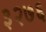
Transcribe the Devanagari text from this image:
३२७६